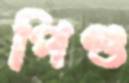
পিণ্ড